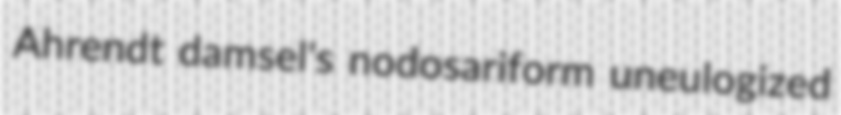
Ahrendt damsel's nodosariform uneulogized